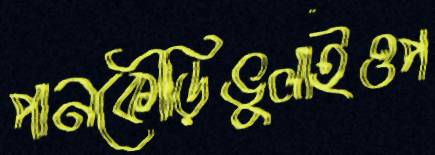
পানকৌড়িভুলাইওপ